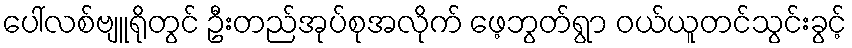
ပေါ်လစ်ဗျူရိုတွင် ဦးတည်အုပ်စုအလိုက် ဖေ့ဘွတ်ရွာ ဝယ်ယူတင်သွင်းခွင့်